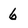
Character: 6